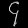
Digit: ၄